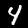
Label: 4